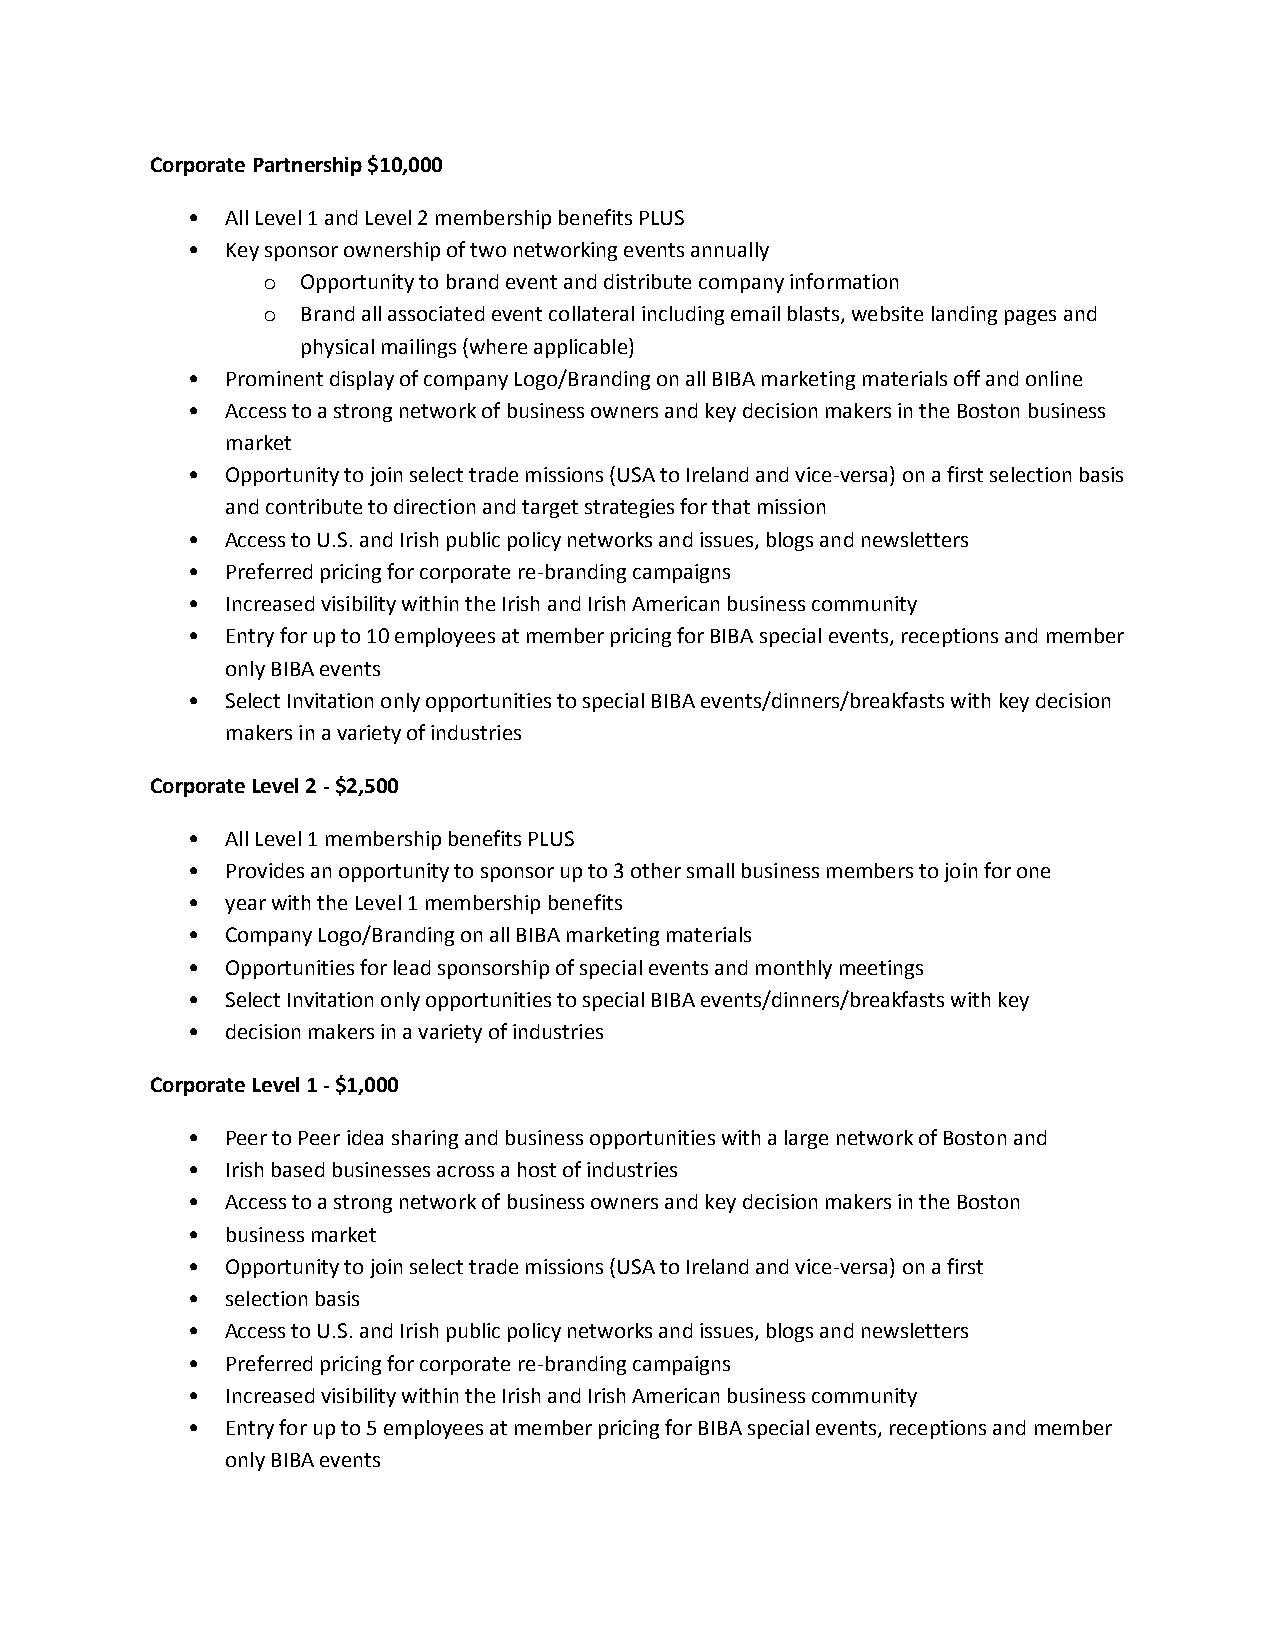
Corporate Partnership $10,000
 •  All Level 1 and Level 2 membership benefits PLUS
 •  Key sponsor ownership of two networking events annually
 o  Opportunity to brand event and distribute company information
 o  Brand all associated event collateral including email blasts, website landing pages and
 physical mailings (where applicable)
 •  Prominent display of company Logo/Branding on all BIBA marketing materials off and online
 •  Access to a strong network of business owners and key decision makers in the Boston business
 market
 •  Opportunity to join select trade missions (USA to Ireland and vice-versa) on a first selection basis
 and contribute to direction and target strategies for that mission
 •  Access to U.S. and Irish public policy networks and issues, blogs and newsletters
 •  Preferred pricing for corporate re-branding campaigns
 •  Increased visibility within the Irish and Irish American business community
 •  Entry for up to 10 employees at member pricing for BIBA special events, receptions and member
 only BIBA events
 •  Select Invitation only opportunities to special BIBA events/dinners/breakfasts with key decision
 makers in a variety of industries
 Corporate Level 2 - $2,500
 •  All Level 1 membership benefits PLUS
 •  Provides an opportunity to sponsor up to 3 other small business members to join for one
 •  year with the Level 1 membership benefits
 •  Company Logo/Branding on all BIBA marketing materials
 •  Opportunities for lead sponsorship of special events and monthly meetings
 •  Select Invitation only opportunities to special BIBA events/dinners/breakfasts with key
 •  decision makers in a variety of industries
 Corporate Level 1 - $1,000
 •  Peer to Peer idea sharing and business opportunities with a large network of Boston and
 •  Irish based businesses across a host of industries
 •  Access to a strong network of business owners and key decision makers in the Boston
 •  business market
 •  Opportunity to join select trade missions (USA to Ireland and vice-versa) on a first
 •  selection basis
 •  Access to U.S. and Irish public policy networks and issues, blogs and newsletters
 •  Preferred pricing for corporate re-branding campaigns
 •  Increased visibility within the Irish and Irish American business community
 •  Entry for up to 5 employees at member pricing for BIBA special events, receptions and member
 only BIBA events